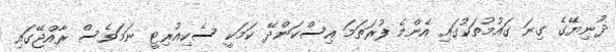
ދުނިޔޭގެ ގިނަ ގައުމުތަކުގައި އެންމެ ފުރަތަމަ އިސްކަންދޭ ކަމަކީ ސެކިއުރިޓީ ނަމަވެސް ރާއްޖޭގައި